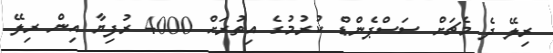
ރިލޭ ދެ މެޗަށް ސަސްޕެންޑް ކުރުމުގެ އިތުރަށް 4000 ރުފިޔާ އިން ރިލޭ